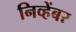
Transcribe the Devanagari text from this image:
निव्हेंबर